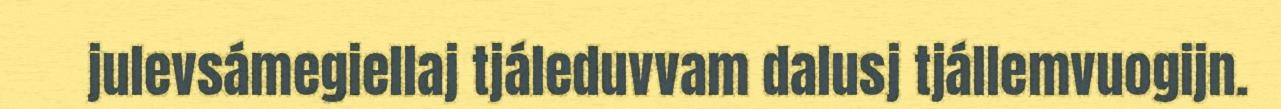
julevsámegiellaj tjáleduvvam dalusj tjállemvuogijn.